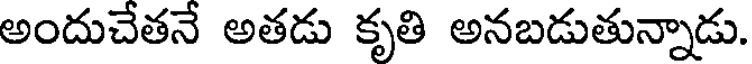
అందుచేతనే అతడు కృతి అనబడుతున్నాడు.